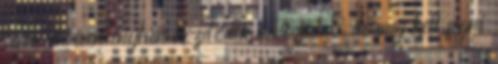
sárvédőíven enyhén kezdődik a rozsda, de meg kell fogni